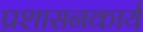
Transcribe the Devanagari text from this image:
प्रशासनकार्य